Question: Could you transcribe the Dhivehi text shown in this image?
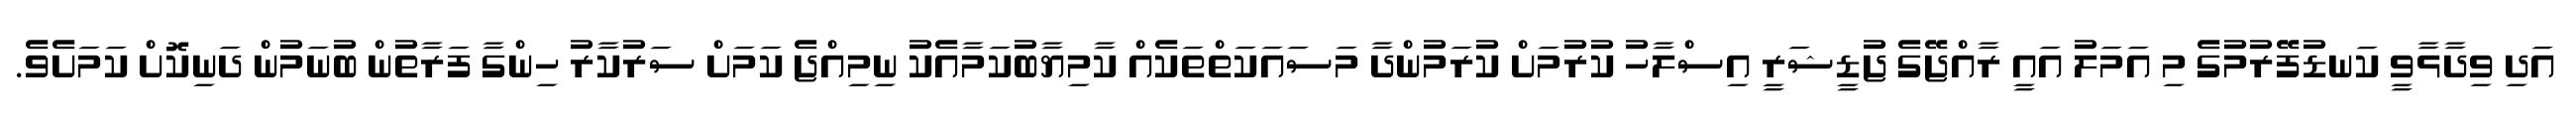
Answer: އަދި ވިދާޅާވީ ކަނޑުފޭރުމުގެ މި އަމަލު އައީ ރާއްޖޭގެ ޖުޑީޝަރީ އިސްލާހު ކުރުމަށް ކުރަމުންދާ މަސައަކަތްތަކެއް ކާމިޔާބުކަމާއެކު ނިމިއްޖެ ކަމަށް ސަރުކާރު ހިންގާ ފަރާތުން ބުނަމުން ދަނިކޮށް ކަމަށެވެ.